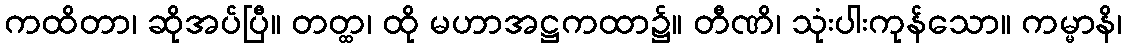
ကထိတာ၊ ဆိုအပ်ပြီ။ တတ္ထ၊ ထို မဟာအဋ္ဌကထာ၌။ တီဏိ၊ သုံးပါးကုန်သော။ ကမ္မာနိ၊